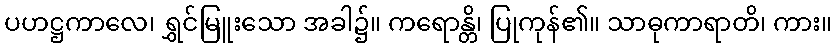
ပဟဋ္ဌကာလေ၊ ရွှင်မြူးသော အခါ၌။ ကရောန္တိ၊ ပြုကုန်၏။ သာဓုကာရာတိ၊ ကား။